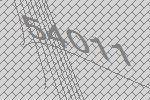
54011